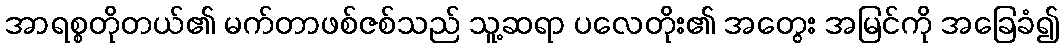
အာရစ္စတိုတယ်၏ မက်တာဖစ်ဇစ်သည် သူ့ဆရာ ပလေတိုး၏ အတွေး အမြင်ကို အခြေခံ၍